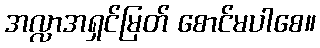
အလ္လာအရှင်မြတ် စောင်မပါစေ။